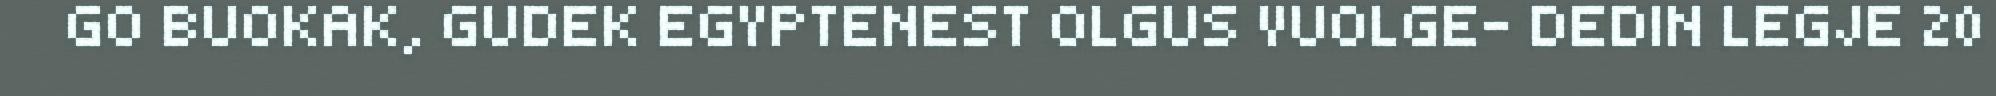
GO BUOKAK, GUDEK EGYPTENEST OLGUS VUOLGE- DEDIN LEGJE 20